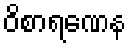
ဝိစာရဏေန